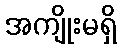
အကျိုးမရှိ